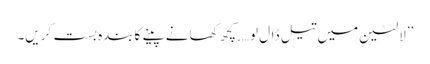
’’لالٹین میں تیل ڈال لو….کچھ کھانے پینے کابندہ بست کریں۔